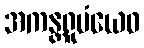
အကန္တရူပံယေဝ